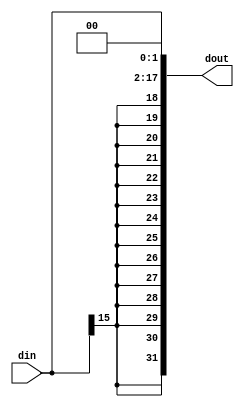
`timescale 1ns / 1ps
//////////////////////////////////////////////////////////////////////////////////
// 
// Design Name: 
// Module Name: EXT18
// 
//////////////////////////////////////////////////////////////////////////////////


module ext18
(
    input  wire [15:0] din,
    output wire [31:0] dout
);


assign dout = { {14{din[15]}}, din[15:0], 2'b00 };

endmodule